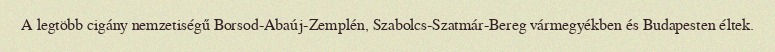
A legtöbb cigány nemzetiségű Borsod-Abaúj-Zemplén, Szabolcs-Szatmár-Bereg vármegyékben és Budapesten éltek.